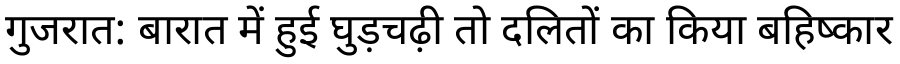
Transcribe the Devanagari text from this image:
गुजरात: बारात में हुई घुड़चढ़ी तो दलितों का किया बहिष्कार